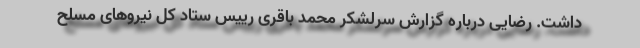
داشت. رضایی درباره گزارش سرلشکر محمد باقری رییس ستاد کل نیروهای مسلح